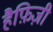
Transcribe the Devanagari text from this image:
हैफ़िज़ी